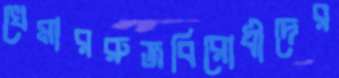
খেমাররুজবিরোধীদের